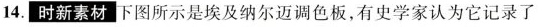
14.时新素材 下图所示是埃及纳尔迈调色板，有史学家认为它记录了